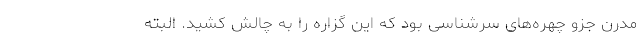
مدرن جزو چهره‌های سرشناسی بود که این گزاره را به چالش کشید. البته